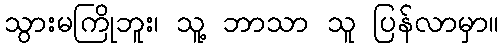
သွားမကြိုဘူး၊ သူ့ ဘာသာ သူ ပြန်လာမှာ။